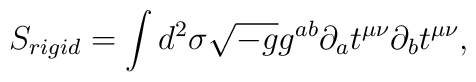
S_{rigid}=\int d^2\sigma \sqrt{-g}g^{ab}\partial _at^{\mu \nu }\partial_bt^{\mu \nu },